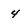
Character: 4